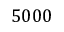
5 0 0 0